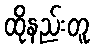
ထိုနည်းတူ